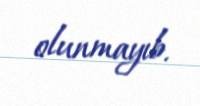
olunmayıb.